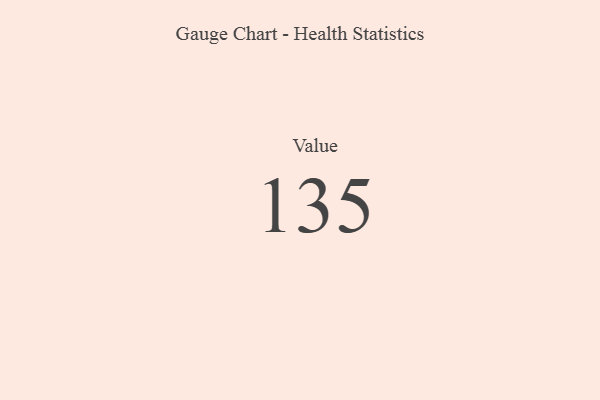
{"axis": {"x": "Metric", "y": "Value"}, "legend": [""], "data": [{"x": "Value", "y": 135, "type": ""}]}